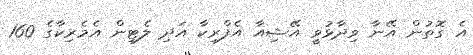
އެ ގޮތުން އޭނާ ވިދާޅުވީ އޭޝިއާ އެފްރިކާ އަދި ލެޓިން އެމެރިކާގެ 160